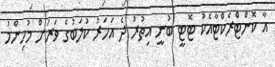
އާ ކޮންޓްރެކްޓާއެކު ޓޮޓީ ބުނީ އިތުރު ދެ އަހަރު ކުލަބުގެ ވަރަށް މުހިންމު